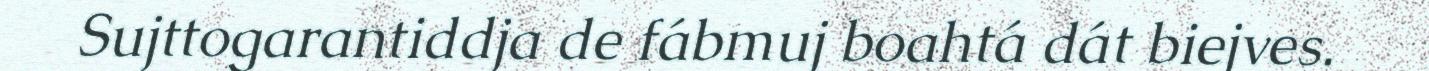
Sujttogarantiddja de fábmuj boahtá dát biejves.